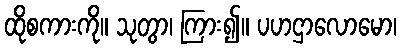
ထိုစကားကို။ သုတွာ၊ ကြား၍။ ပဟဌာလောမော၊